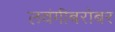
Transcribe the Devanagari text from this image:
लवंगीबरोबर